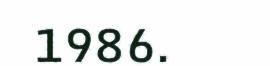
1986.